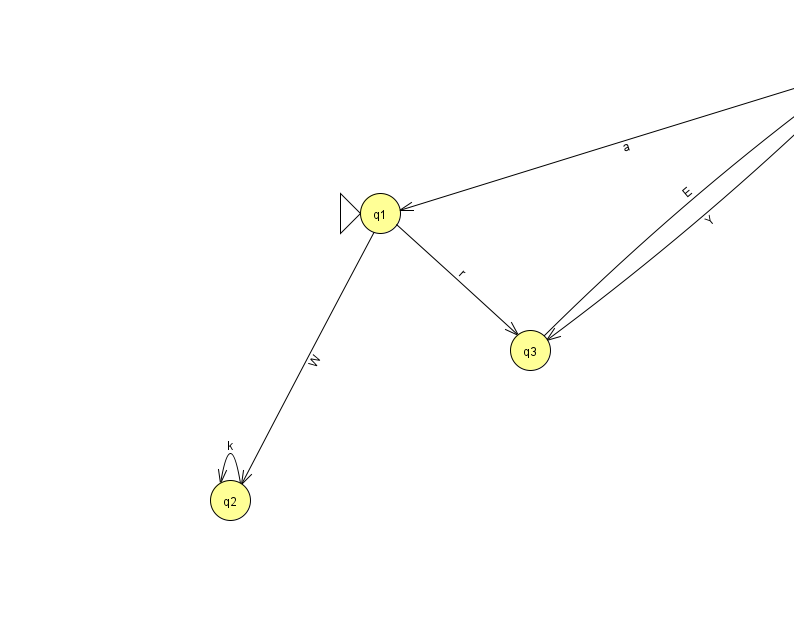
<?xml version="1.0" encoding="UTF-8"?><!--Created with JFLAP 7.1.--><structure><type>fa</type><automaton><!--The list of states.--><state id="0" name="q0"><x>867.0</x><y>50.0</y><final/></state><state id="1" name="q1"><x>380.0</x><y>200.0</y><initial/></state><state id="2" name="q2"><x>230.0</x><y>487.0</y></state><state id="3" name="q3"><x>530.0</x><y>337.0</y></state><!--The list of transitions.--><transition><from>0</from><to>3</to><read>Y</read></transition><transition><from>1</from><to>3</to><read>r</read></transition><transition><from>0</from><to>1</to><read>a</read></transition><transition><from>1</from><to>2</to><read>W</read></transition><transition><from>2</from><to>2</to><read>k</read></transition><transition><from>3</from><to>0</to><read>E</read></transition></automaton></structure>